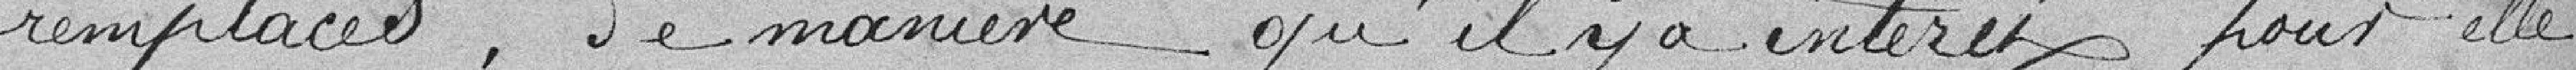
remplacés, de manière qu'il y a intérêt pour elle